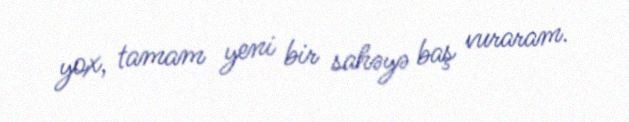
yox, tamam yeni bir sahəyə baş vuraram.